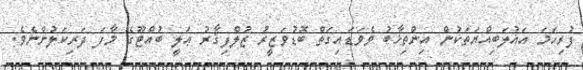
ފުރިހަމަ އަޣުލަބިއްޔަތަކުން އިންތިޚާބު ވެވަޑައިގަތް ބޮޑުވަޒީރު ޒުލްފިޤާރު ޢަލީ ބުއްޓޫގެ މާފަ ދަރިކަލުންނެވެ.